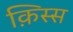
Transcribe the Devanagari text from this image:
क़िस्स